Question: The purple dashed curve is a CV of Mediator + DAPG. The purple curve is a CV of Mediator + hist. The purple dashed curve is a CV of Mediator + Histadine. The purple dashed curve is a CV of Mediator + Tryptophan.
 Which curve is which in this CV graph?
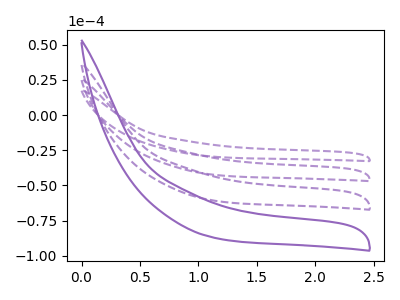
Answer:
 <answer>The purple dashed curve is labeled "Mediator + DAPG". The purple curve is labeled "Mediator + hist". The purple dashed curve is labeled "Mediator + Histadine". The purple dashed curve is labeled "Mediator + Tryptophan".</answer>
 <eval></eval>